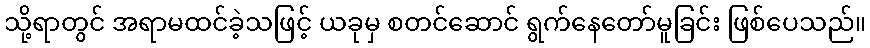
သို့ရာတွင် အရာမထင်ခဲ့သဖြင့် ယခုမှ စတင်ဆောင် ရွက်နေတော်မူခြင်း ဖြစ်ပေသည်။